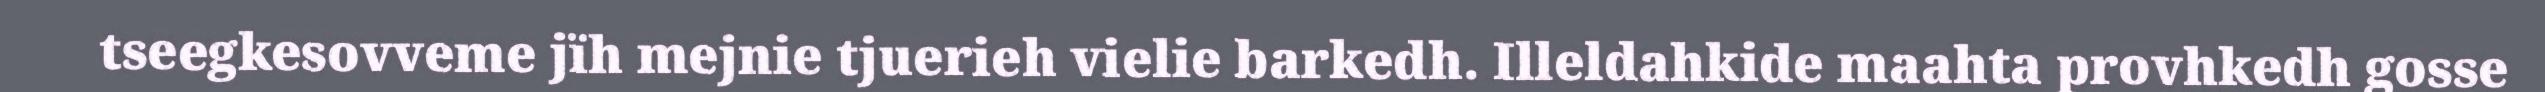
tseegkesovveme jïh mejnie tjuerieh vielie barkedh. Illeldahkide maahta provhkedh gosse